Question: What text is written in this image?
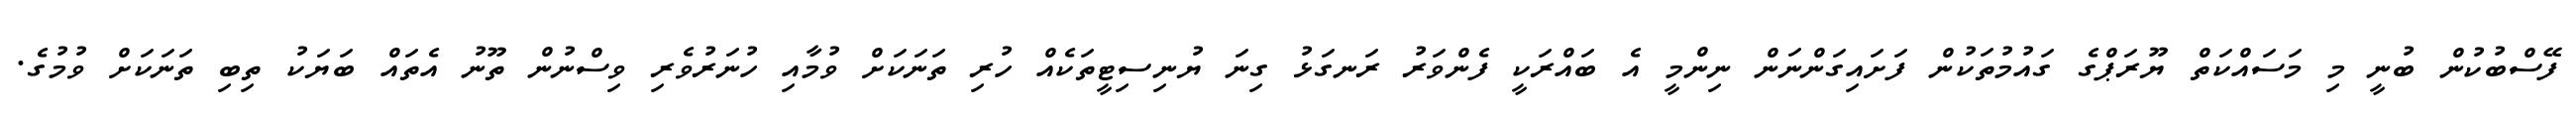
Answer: ފޭސްބުކުން ބުނީ މި މަސައްކަތް ޔޫރަޕްގެ ގައުމުތަކުން ފަށައިގަންނަން ނިންމީ އެ ބައްރަކީ ފެންވަރު ރަނގަޅު ގިނަ ޔުނިސިޓީތަކެއް ހުރި ތަނަކަށް ވުމާއި ހުނަރުވެރި ވިސްނުން ތޫނު އެތައް ބަޔަކު ތިބި ތަނަކަށް ވުމުގެ.